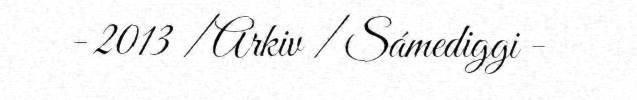
- 2013 / Arkiv / Sámediggi -